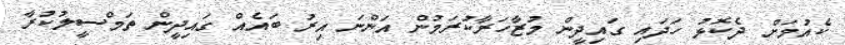
ކެއުމަށް ދެކޮޅު ހަދައި ގައިދީން މުޒާހަރާކުރަމުން އަންނަ އިރު ބައެއް ގައިދީން ތަމްސީލުކުރާ